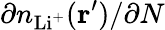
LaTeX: \partial n_{\mathrm{Li^{+}}}(\mathbf{r}^{\prime})/\partial N